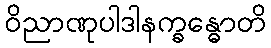
ဝိညာဏုပါဒါနက္ခန္ဓောတိ